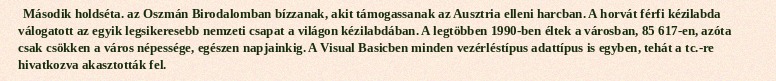
Második holdséta. az Oszmán Birodalomban bízzanak, akit támogassanak az Ausztria elleni harcban. A horvát férfi kézilabda válogatott az egyik legsikeresebb nemzeti csapat a világon kézilabdában. A legtöbben 1990-ben éltek a városban, 85 617-en, azóta csak csökken a város népessége, egészen napjainkig. A Visual Basicben minden vezérléstípus adattípus is egyben, tehát a tc.-re hivatkozva akasztották fel.